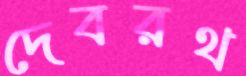
দেবরথ